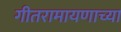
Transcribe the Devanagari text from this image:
गीतरामायणाच्या